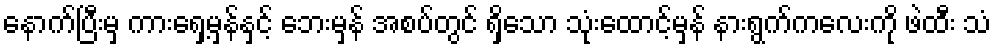
နောက်ပြီးမှ ကားရှေ့မှန်နှင့် ဘေးမှန် အစပ်တွင် ရှိသော သုံးထောင့်မှန် နားရွက်ကလေးကို ဖဲထီး သံ